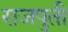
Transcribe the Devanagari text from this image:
राजपुती